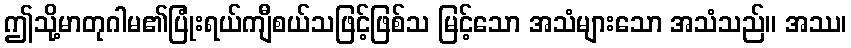
ဤသို့မာတုဂါမ၏ပြုံးရယ်ကျီစယ်သဖြင့်ဖြစ်သ မြင့်သော အသံများသော အသံသည်။ အဿ၊